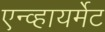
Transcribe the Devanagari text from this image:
एन्व्हायर्मेट